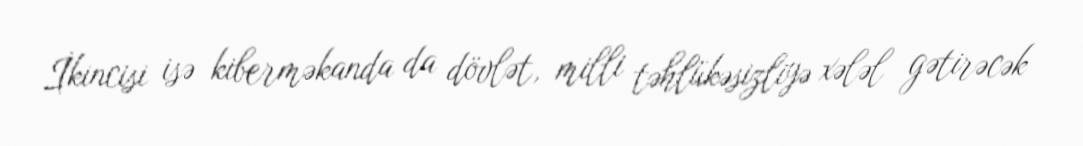
İkincisi isə kiberməkanda da dövlət, milli təhlükəsizliyə xələl gətirəcək